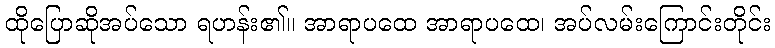
ထိုပြောဆိုအပ်သော ရဟန်း၏။ အာရာပထေ အာရာပထေ၊ အပ်လမ်းကြောင်းတိုင်း